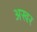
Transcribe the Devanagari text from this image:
अखर